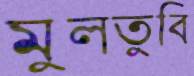
মুলতুবি